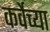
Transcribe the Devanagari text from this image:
कर्वेच्या